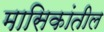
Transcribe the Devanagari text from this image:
मासिकांतील